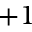
+ 1